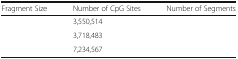
<table><thead><tr><td><b>Fragment Size</b></td><td><b>Number of CpG Sites</b></td><td><b>Number of Segments</b></td></tr></thead><tbody><tr><td>[EMPTY_CELL]</td><td>3,550,514</td><td>[EMPTY_CELL]</td></tr><tr><td>[EMPTY_CELL]</td><td>3,718,483</td><td>[EMPTY_CELL]</td></tr><tr><td>[EMPTY_CELL]</td><td>7,234,567</td><td>[EMPTY_CELL]</td></tr></tbody></table>